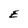
Character: E